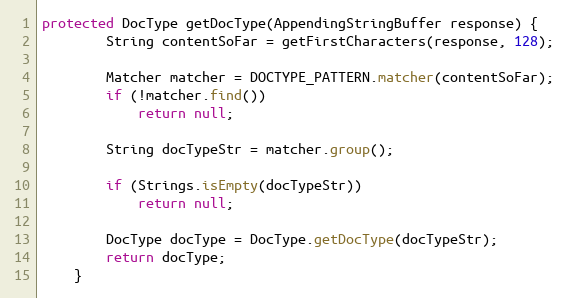
Language: Java
protected DocType getDocType(AppendingStringBuffer response) {
		String contentSoFar = getFirstCharacters(response, 128);

		Matcher matcher = DOCTYPE_PATTERN.matcher(contentSoFar);
		if (!matcher.find())
			return null;

		String docTypeStr = matcher.group();

		if (Strings.isEmpty(docTypeStr))
			return null;

		DocType docType = DocType.getDocType(docTypeStr);
		return docType;
	}